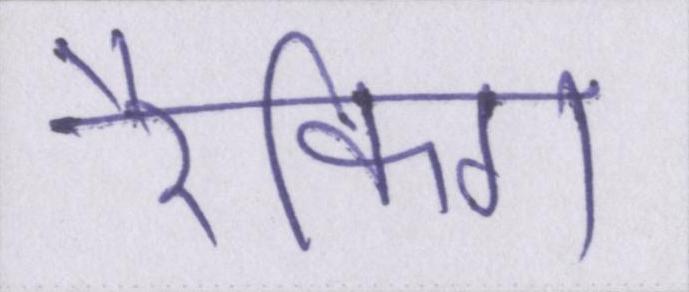
रैंकिग